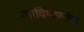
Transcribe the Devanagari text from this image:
आविष्कारांना